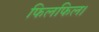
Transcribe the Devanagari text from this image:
फिलफिल।